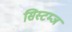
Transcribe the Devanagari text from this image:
सिस्टम्ज